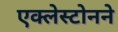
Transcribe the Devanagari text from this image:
एक्लेस्टोनने